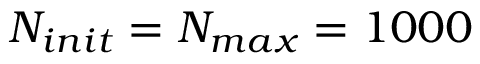
N _ { i n i t } = N _ { m a x } = 1 0 0 0